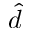
\hat { d }